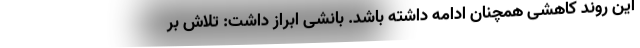
این روند کاهشی همچنان ادامه داشته باشد. بانشی ابراز داشت: تلاش بر